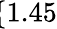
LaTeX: \! \! \! \! \! \! \! \! \! \! \! \overline{{\epsilon}}_{r}\! \! =\! \! \{ 1.45\} \! \! \!